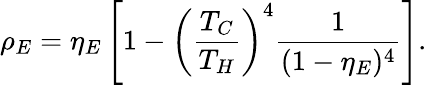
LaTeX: \rho_{E}=\eta_{E}\left[1-\left(\frac{T_{C}}{T_{H}}\right)^{4}\frac{1}{(1-\eta_{E})^{4}}\right].